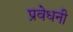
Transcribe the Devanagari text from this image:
प्रवेधनी